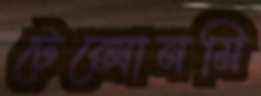
টেক্সোনমি